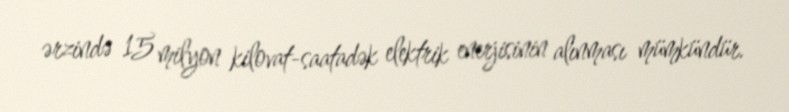
ərzində 15 milyon kilovat-saatadək elektrik enerjisinin alınması mümkündür.